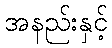
အနည်းနှင့်